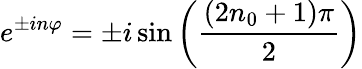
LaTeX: e^{\pm in\varphi}=\pm i\sin\left(\frac{(2n_{0}+1)\pi}{2}\right)